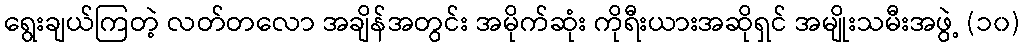
ရွေးချယ်ကြတဲ့ လတ်တလော အချိန်အတွင်း အမိုက်ဆုံး ကိုရီးယားအဆိုရှင် အမျိုးသမီးအဖွဲ့ (၁၀)